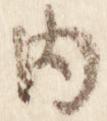
内